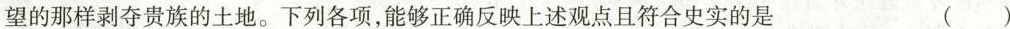
望的那样剥夺贵族的土地。下列各项，能够正确反映上述观点且符合史实的是 ( )